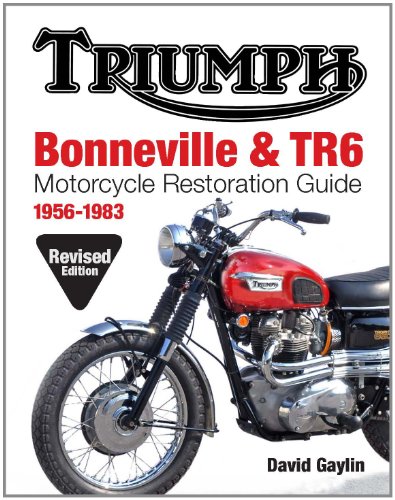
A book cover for Triumph Bonneville and TR6 Motorcycle Restoration Guide: 1956-83; David Gaylin; Engineering & Transportation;